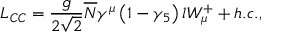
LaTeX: L _ { C C } = \frac g { 2 \sqrt { 2 } } \overline { { { N } } } \gamma ^ { \mu } \left( 1 - \gamma _ { 5 } \right) l W _ { \mu } ^ { + } + h . c . ,